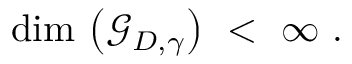
\mathrm { d i m } \, \left( { \mathcal G } _ { D , \gamma } \right) \ < \ \infty \ .